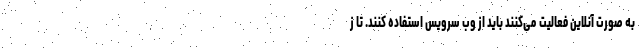
به صورت آنلاین فعالیت می‌کنند باید از وب سرویس استفاده کنند. تا ز